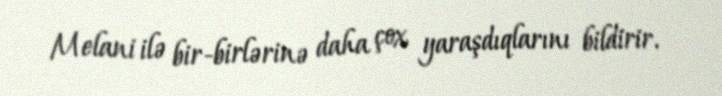
Melani ilə bir-birlərinə daha çox yaraşdıqlarını bildirir.